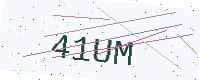
Text: 41UM